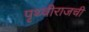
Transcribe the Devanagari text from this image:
पृथ्वीराजची